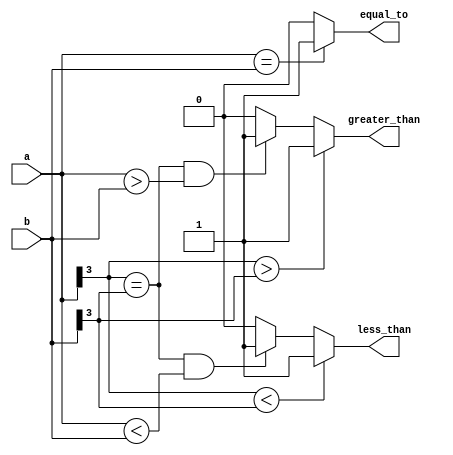
module Signed_Magnitude_Comparator (
    input signed [3:0] a,
    input signed [3:0] b,
    output greater_than,
    output equal_to,
    output less_than
);

assign greater_than = (a[3] > b[3]) ? 1 : 
                      ((a[3] == b[3]) && (a > b)) ? 1 : 0;

assign equal_to = (a == b) ? 1 : 0;

assign less_than = (a[3] < b[3]) ? 1 : 
                  ((a[3] == b[3]) && (a < b)) ? 1 : 0;

endmodule